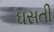
ઘસતી